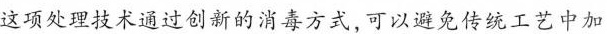
这项处理技术通过创新的消毒方式，可以避免传统工艺中加